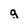
Character: g